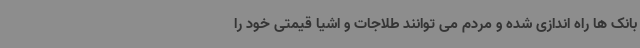
بانک ها راه اندازی شده و مردم می توانند طلاجات و اشیا قیمتی خود را